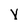
Character: V